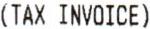
(TAX INVOICE)